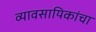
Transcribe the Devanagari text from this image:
व्यावसायिकांचा